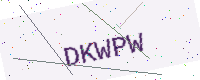
Text: DKWPW